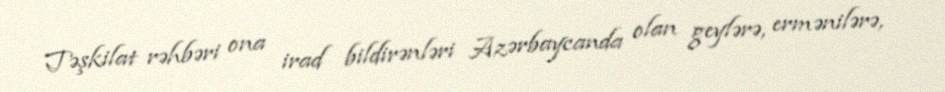
Təşkilat rəhbəri ona irad bildirənləri Azərbaycanda olan geylərə, ermənilərə,